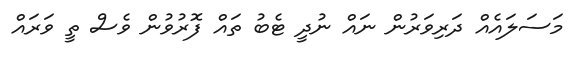
މަސަލައެއް ދަރިވަރުން ނައް ނުދީ ޓެބު ތައް ފޮރުވުން ވެސް ތީ ވަރައް